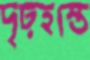
দৃঢ়হস্তে